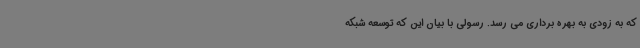
که به زودی به بهره برداری می رسد. رسولی با بیان این که توسعه شبکه